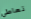
تعاطي